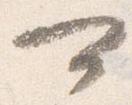
可